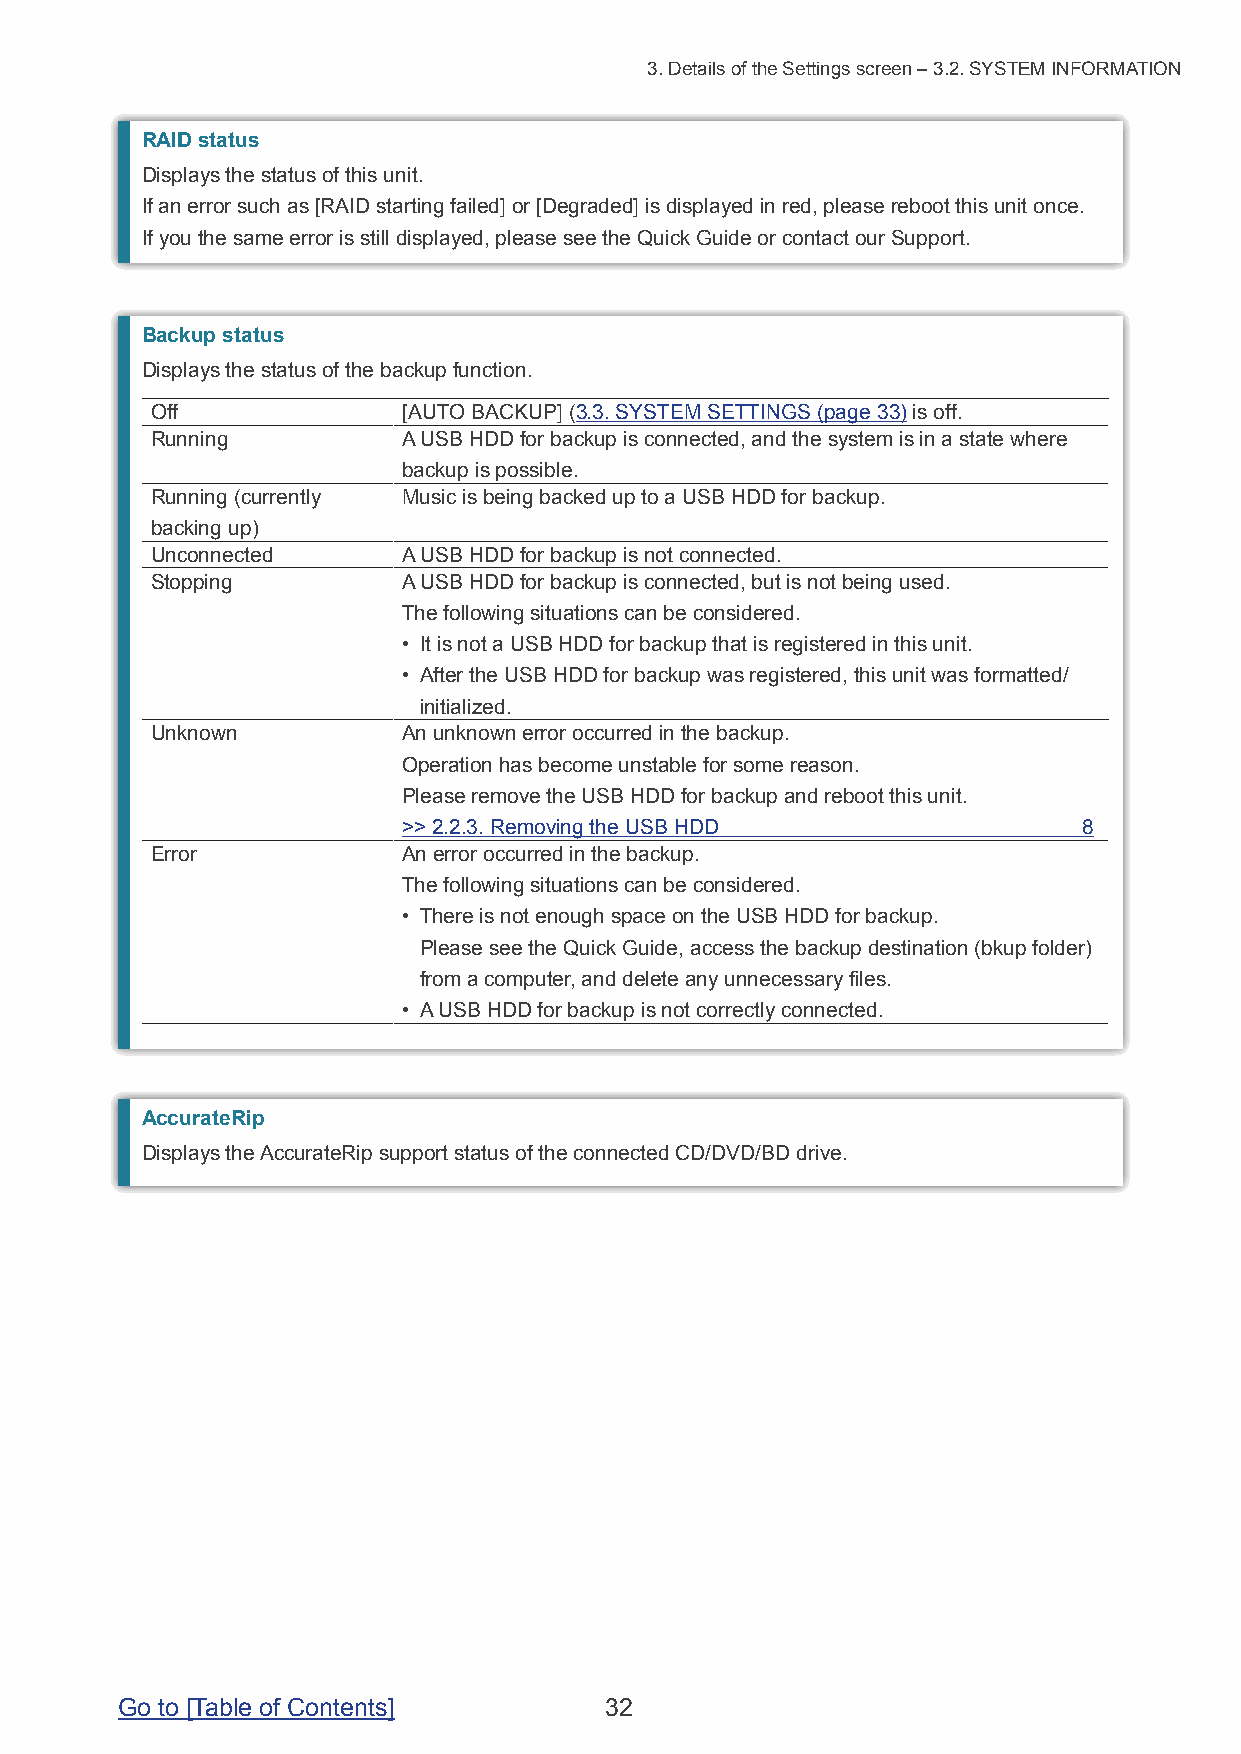
3. Details of the Settings screen – 3.2. SYSTEM INFORMATION
 RAID status
 Displays the status of this unit.
 If an error such as [RAID starting failed] or [Degraded] is displayed in red, please reboot this unit once.
 If you the same error is still displayed, please see the Quick Guide or contact our Support.
 Backup status
 Displays the status of the backup function.
 Off              [AUTO BACKUP] (3.3. SYSTEM SETTINGS (page 33) is off.
 Running          A USB HDD for backup is connected, and the system is in a state where
 backup is possible.
 Running (currently Music is being backed up to a USB HDD for backup.
 backing up)
 Unconnected      A USB HDD for backup is not connected.
 Stopping         A USB HDD for backup is connected, but is not being used.
 The following situations can be considered.
 • It is not a USB HDD for backup that is registered in this unit.
 • After the USB HDD for backup was registered, this unit was formatted/
 initialized.
 Unknown          An unknown error occurred in the backup.
 Operation has become unstable for some reason.
 Please remove the USB HDD for backup and reboot this unit.
 >> 2.2.3. Removing the USB HDD               8
 Error            An error occurred in the backup.
 The following situations can be considered.
 • There is not enough space on the USB HDD for backup.
 Please see the Quick Guide, access the backup destination (bkup folder)
 from a computer, and delete any unnecessary files.
 • A USB HDD for backup is not correctly connected.
 AccurateRip
 Displays the AccurateRip support status of the connected CD/DVD/BD drive.
 Go to [Table of Contents]       32